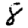
Digit: 8